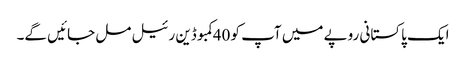
ایک پاکستانی روپے میں آپ کو 40کمبوڈین رئیل مل جائیں گے۔